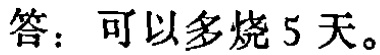
答：可以多烧5天。